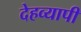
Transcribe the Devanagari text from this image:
देहव्यापी